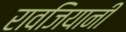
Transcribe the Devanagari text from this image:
रावजियानी